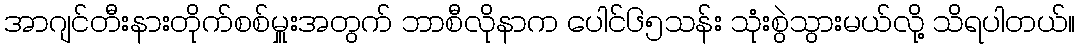
အာဂျင်တီးနားတိုက်စစ်မှူးအတွက် ဘာစီလိုနာက ပေါင်၆၅သန်း သုံးစွဲသွားမယ်လို့ သိရပါတယ်။